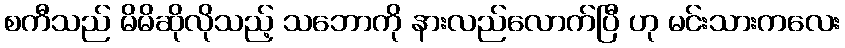
စကီသည် မိမိဆိုလိုသည့် သဘောကို နားလည်လောက်ပြီ ဟု မင်းသားကလေး